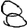
Digit: 8